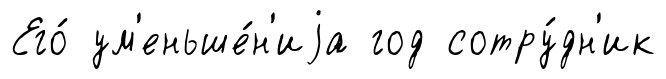
Его́ ум'еньше́н'иjа год сотру́дн'ик